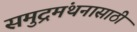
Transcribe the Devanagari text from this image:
समुद्रमंथनासाठी